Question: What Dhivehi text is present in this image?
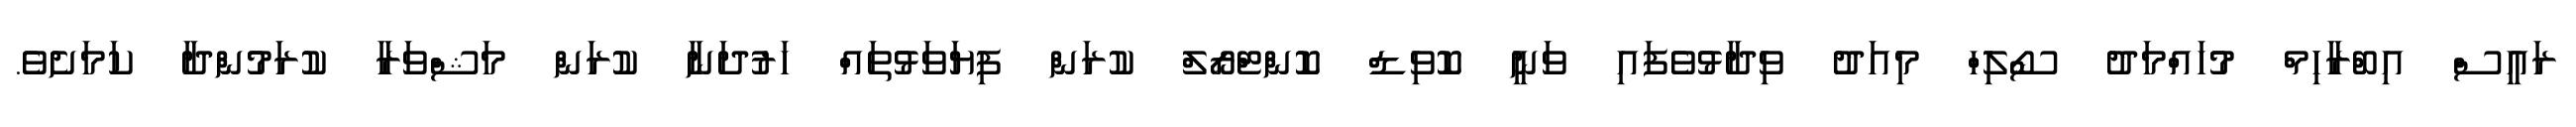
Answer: ރައީސް އިބްރާހިމް މުހައްމަދު ސޯލިހް މިއަދު ވިދާޅުވެފައި ވަނީ ކޮވިޑް ކޮންޓްރޯލް ކުރަން ފިޔަވަޅުތައް ހަރުދަނާ ކުރަން މަޝްވަރާ ކުރަމުންދާ ކަމަށެވެ.